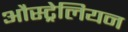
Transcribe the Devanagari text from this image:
औस्ट्रेलियन